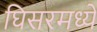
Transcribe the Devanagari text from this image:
घिसरमध्ये